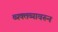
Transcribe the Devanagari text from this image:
व्यक्तव्यावरून